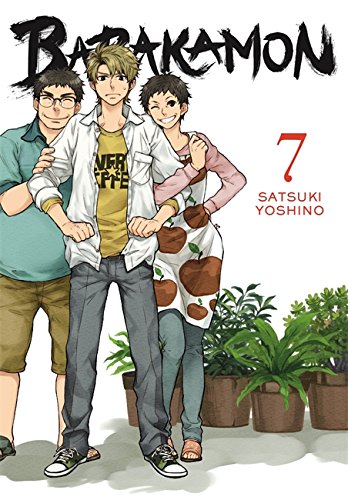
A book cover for Barakamon, Vol. 7; Children's Books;